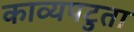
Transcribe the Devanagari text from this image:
काव्यपटुता